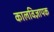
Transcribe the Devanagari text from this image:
कालविज्ञापक